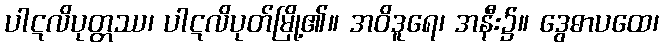
ပါဋလိပုတ္တဿ၊ ပါဋလိပုတ်မြို့၏။ အဝိဒူရေ၊ အနီး၌။ ဒွေဓာပထေ၊